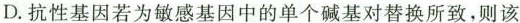
D.抗性基因若为敏感基因中的单个碱基对替换所致，则该